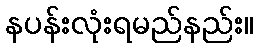
နပန်းလုံးရမည်နည်း။